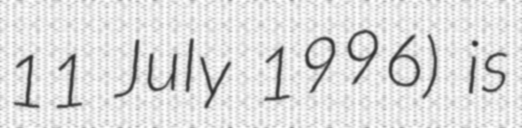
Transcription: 11 July 1996) is